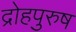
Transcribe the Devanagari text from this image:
द्रोहपुरुष